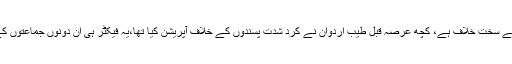
یہ جماعت کردوں کے سخت خلاف ہے، کچھ عرصہ قبل طیب اردوان نے کرد شدت پسندوں کے خلاف آپریشن کیا تھا،یہ فیکٹر ہی ان دونوں جماعتوں کے اتحاد کا باعث بنا۔